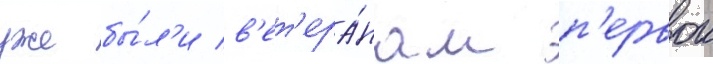
уже бы́л'и в'ет'ера́нам п'ервои